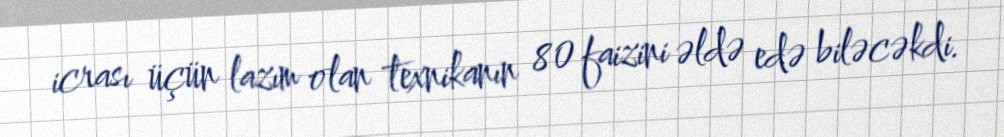
icrası üçün lazım olan texnikanın 80 faizini əldə edə biləcəkdi.